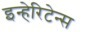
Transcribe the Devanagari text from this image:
इन्हेरिटेन्स